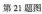
第21题图